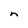
Character: n